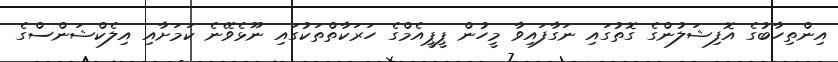
އިންތިހާބުގެ އޮފިޝަލުންގެ ގޮތުގައި ނަގާފައިވާ މީހުން ޕީޕީއެމްގެ ހަރަކާތްތަކުގައި ނޫޅެވޭނެ ކަމަށާއި އިލެކްޝަންސްގެ